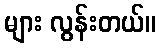
များ လွန်းတယ်။